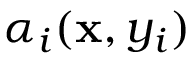
\alpha _ { i } ( \mathbf { x } , y _ { i } )